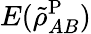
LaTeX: E(\tilde{\rho}_{AB}^{\mathrm{P}})